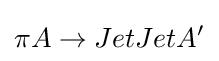
\pi A\to JetJetA^{\prime }